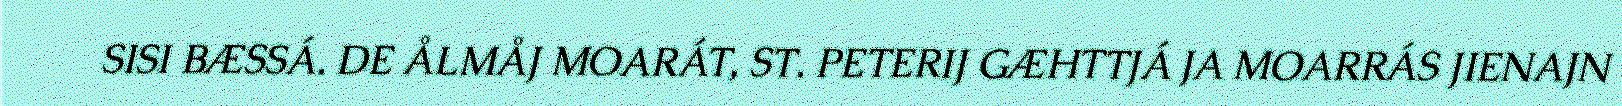
SISI BÆSSÁ. DE ÅLMÅJ MOARÁT, ST. PETERIJ GÆHTTJÁ JA MOARRÁS JIENAJN